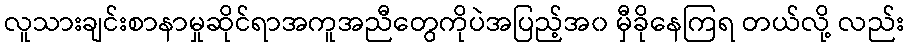
လူသားချင်းစာနာမှုဆိုင်ရာအကူအညီတွေကိုပဲအပြည့်အ၀ မှီခိုနေကြရ တယ်လို့ လည်း